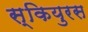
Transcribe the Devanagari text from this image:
स्कियुरस